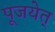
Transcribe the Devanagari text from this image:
पूजयेत्